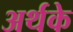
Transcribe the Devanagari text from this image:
अर्थके